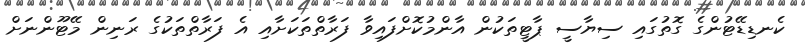
ކެނޑިޑޭޓުންގެ ގޮތުގައި ސިޔާސީ ޕާޓީތަކުން އާންމުކޮށްފައިވާ ފަރާތްތަކަށާއި އެ ފަރާތްތަކުގެ ރަނިން މޭޓޫންނަށް